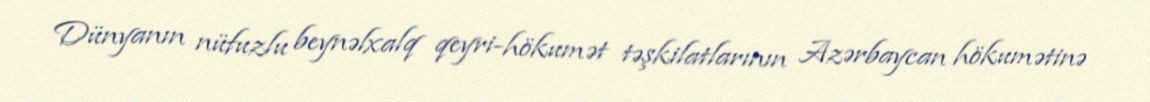
Dünyanın nüfuzlu beynəlxalq qeyri-hökumət təşkilatlarının Azərbaycan hökumətinə